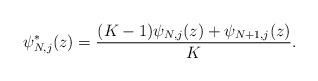
LaTeX: \begin{align*}\psi^*_{N,j}(z)=\frac{(K-1)\psi_{N,j}(z)+\psi_{N+1,j}(z)}{K}.\end{align*}